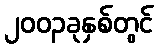
၂၀၀၃ခုနှစ်တွင်